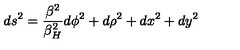
d s ^ { 2 } = { \frac { \beta ^ { 2 } } { \beta _ { H } ^ { 2 } } } d \phi ^ { 2 } + d \rho ^ { 2 } + d x ^ { 2 } + d y ^ { 2 }